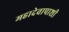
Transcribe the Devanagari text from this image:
महादेवापाशी